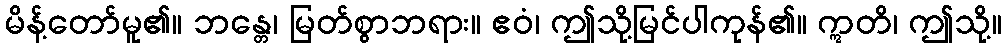
မိန့်တော်မူ၏။ ဘန္တေ၊ မြတ်စွာဘရား။ ဧဝံ၊ ဤသို့မြင်ပါကုန်၏။ ဣတိ၊ ဤသို့။